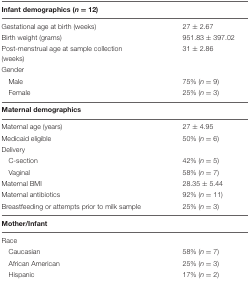
<table><thead><tr><td><b>Infant demographics (<i>n</i> = 12)</b></td><td>[EMPTY_CELL]</td></tr></thead><tbody><tr><td>Gestational age at birth (weeks)</td><td>27 ± 2.67</td></tr><tr><td>Birth weight (grams)</td><td>951.83 ± 397.02</td></tr><tr><td>Post-menstrual age at sample collection (weeks)</td><td>31 ± 2.86</td></tr><tr><td>Gender</td><td>[EMPTY_CELL]</td></tr><tr><td>Male</td><td>75% (<i>n</i> = 9)</td></tr><tr><td>Female</td><td>25% (<i>n</i> = 3)</td></tr><tr><td><b>Maternal demographics</b></td><td>[EMPTY_CELL]</td></tr><tr><td>Maternal age (years)</td><td>27 ± 4.95</td></tr><tr><td>Medicaid eligible</td><td>50% (<i>n</i> = 6)</td></tr><tr><td>Delivery</td><td>[EMPTY_CELL]</td></tr><tr><td>C-section</td><td>42% (<i>n</i> = 5)</td></tr><tr><td>Vaginal</td><td>58% (<i>n</i> = 7)</td></tr><tr><td>Maternal BMI</td><td>28.35 ± 5.44</td></tr><tr><td>Maternal antibiotics</td><td>92% (<i>n</i> = 11)</td></tr><tr><td>Breastfeeding or attempts prior to milk sample</td><td>25% (<i>n</i> = 3)</td></tr><tr><td><b>Mother/Infant</b></td><td>[EMPTY_CELL]</td></tr><tr><td>Race</td><td>[EMPTY_CELL]</td></tr><tr><td>Caucasian</td><td>58% (<i>n</i> = 7)</td></tr><tr><td>African American</td><td>25% (<i>n</i> = 3)</td></tr><tr><td>Hispanic</td><td>17% (<i>n</i> = 2)</td></tr></tbody></table>